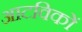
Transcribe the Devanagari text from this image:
आटविकों